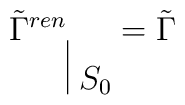
\tilde {\Gamma}^{ren}\raisebox{-1.5em}{\vrule height 1.5em \ $S_0$}=\tilde {\Gamma}